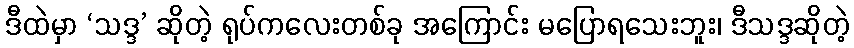
ဒီထဲမှာ ‘သဒ္ဒ’ ဆိုတဲ့ ရုပ်ကလေးတစ်ခု အကြောင်း မပြောရသေးဘူး၊ ဒီသဒ္ဒဆိုတဲ့